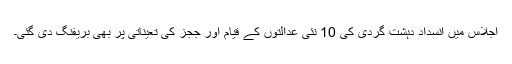
اجلاس میں انسداد دہشت گردی کی 10 نئی عدالتوں کے قیام اور ججز کی تعیناتی پر بھی بریفنگ دی گئی۔